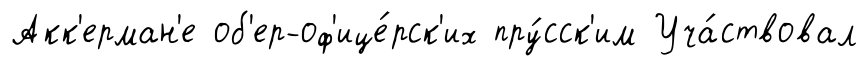
Акк'ерман'е об'ер-оф'ице́рск'их пру́сск'им Уча́ствовал